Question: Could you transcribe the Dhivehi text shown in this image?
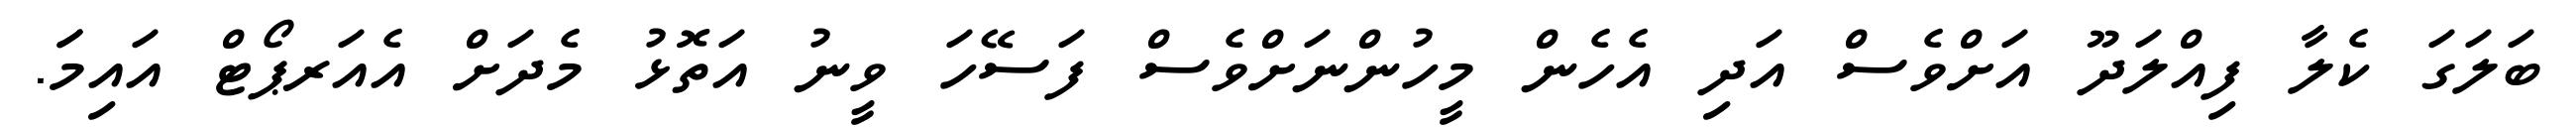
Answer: ބަލަގަ ކެލާ ފިއްލަދޫ އަށްވެސް އަދި އެހެން މީހުންނަށްވެސް ފަސޭހަ ވީނު އަތޮޅު މެދަށް އެއަރޕޯޓް އައިމަަ.